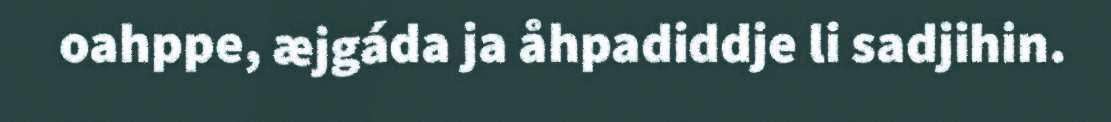
oahppe, æjgáda ja åhpadiddje li sadjihin.